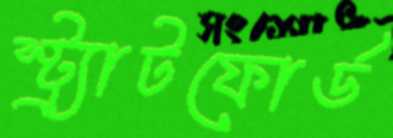
স্ট্র্যাটফোর্ড